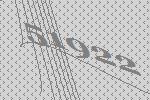
51922